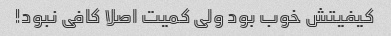
کیفیتش خوب بود ولی کمیت اصلا کافی نبود!